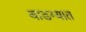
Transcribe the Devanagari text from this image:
वाडग्यात